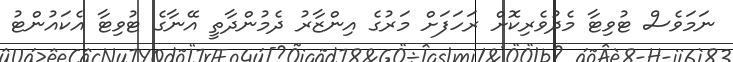
ނަމަވެސް ޓުވިޓާ މެދުވެރިކޮށް ރަހަފަށް މަރުގެ އިންޒާރު ދެމުންދާތީ އޭނާގެ ޓުވިޓާ އެކައުންޓު